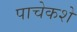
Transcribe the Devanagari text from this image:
पाचेकशे